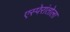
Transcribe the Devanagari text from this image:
एस्पेरांतोला